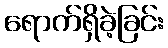
ရောက်ရှိခဲ့ခြင်း